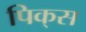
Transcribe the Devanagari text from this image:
पिक्‌स